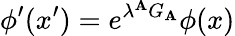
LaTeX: \phi^{\prime}(x^{\prime})=e^{\lambda^{\mathbf{A}}G_{\mathbf{A}}}\phi(x)